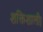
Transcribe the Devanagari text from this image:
शक्तिशाली।